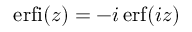
\mathrm { e r f i } ( z ) = - i \, \mathrm { e r f } ( i z )